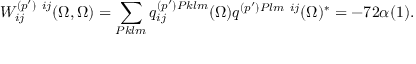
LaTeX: W _ { i j } ^ { ( p ^ { \prime } ) \ i j } ( \Omega , \Omega ) = \sum _ { { \cal P } k l m } q _ { i j } ^ { ( p ^ { \prime } ) { \cal P } k l m } ( \Omega ) q ^ { ( p ^ { \prime } ) { \cal P } l m \ i j } ( \Omega ) ^ { * } = - 7 2 \alpha ( 1 ) .